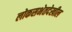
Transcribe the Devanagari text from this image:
लोकसभेतदेखील